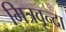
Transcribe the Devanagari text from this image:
मित्रवृन्दा